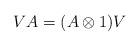
LaTeX: \begin{align*}VA=(A\otimes 1)V\end{align*}